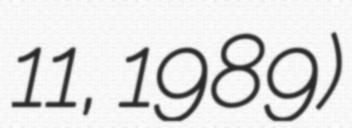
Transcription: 11, 1989)